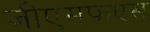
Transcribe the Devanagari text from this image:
जीएसफएस